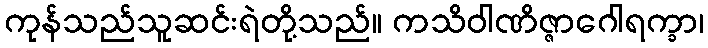
ကုန်သည်သူဆင်းရဲတို့သည်။ ကသိဝါဏိဇ္ဇာဂေါရက္ခာ၊